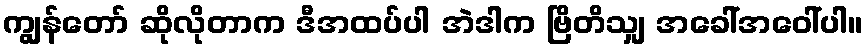
ကျွန်တော် ဆိုလိုတာက ဒီအထပ်ပါ အဲဒါက ဗြိတိသျှ အခေါ်အဝေါ်ပါ။